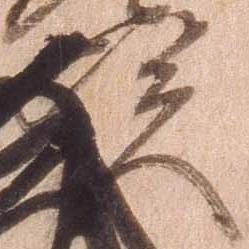
資